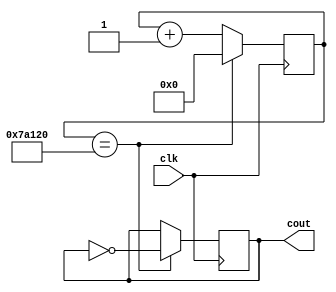
`timescale 1ns / 1ps
//////////////////////////////////////////////////////////////////////////////////
// Company: 
// Engineer: 
// 
// Design Name: 
// Module Name: divider
// Project Name: 
// Target Devices: 
// Tool Versions: 
// Description: 
// 
// Dependencies: 
// 
// Revision:
// Revision 0.01 - File Created
// Additional Comments:
// 
//////////////////////////////////////////////////////////////////////////////////


module divider(clk,cout);
    
    input clk;
    output reg cout;
    
    reg [31:0] cnt;
    
    initial
    begin
        cnt=0;
        cout=0;
    end
    
    always @(posedge clk)
    begin
        if(cnt==32'd500000)
        begin
            cout=~cout;
            cnt<=32'd0;
        end
        else
        begin
        cnt<=cnt+32'd1;
        end
    end
endmodule